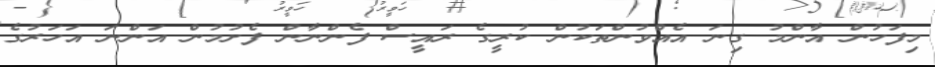
މިފަހުން އާންމު ގިނަ އެއްވުންތަކުން ކުރީގެ ރައީސް ފެންނާން ފެށުމުން އަންނަ އަހަރުގެ